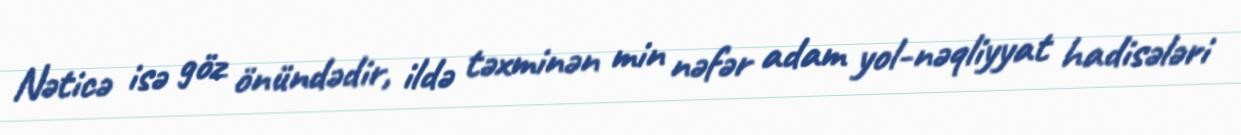
Nəticə isə göz önündədir, ildə təxminən min nəfər adam yol-nəqliyyat hadisələri